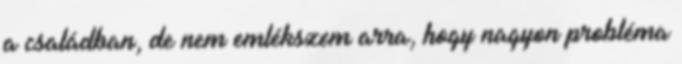
a családban, de nem emlékszem arra, hogy nagyon probléma